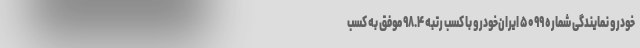
خودرو نمایندگی شماره ۵۰۹۹ ایران‌خودرو با کسب رتبه ۹۸.۴ موفق به کسب